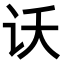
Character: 𫍚